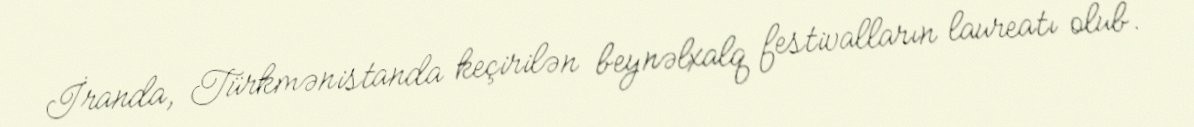
İranda, Türkmənistanda keçirilən beynəlxalq festivalların laureatı olub.